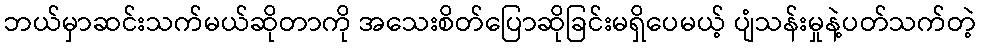
ဘယ်မှာဆင်းသက်မယ်ဆိုတာကို အသေးစိတ်ပြောဆိုခြင်းမရှိပေမယ့် ပျံသန်းမှုနဲ့ပတ်သက်တဲ့